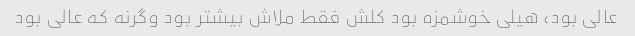
عالی بود، هیلی خوشمزه بود کلش فقط ملاش بیشتر بود وگرنه که عالی بود